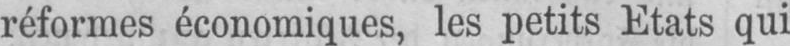
réformes économiques, les petits Etats qui